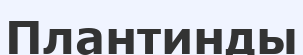
Плантинды